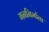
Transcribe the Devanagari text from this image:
गननिर्माता